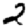
Digit: 2